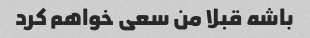
باشه قبلا من سعی خواهم کرد